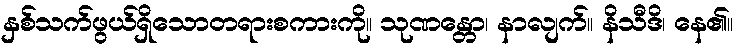
နှစ်သက်ဖွယ်ရှိသောတရားစကားကို။ သုဏန္တော၊ နာလျက်။ နိသီဒိ၊ နေ၏။